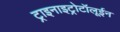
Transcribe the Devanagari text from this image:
ट्राइनाइट्रोटॉलूईन